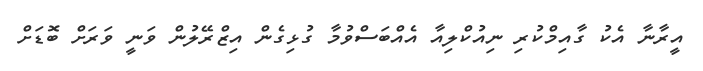
އީރާނާ އެކު ގާއިމްކުރި ނިއުކްލިއާ އެއްބަސްވުމާ ގުޅިގެން އިޒްރޭލުން ވަނީ ވަރަށް ބޮޑަށް